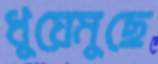
ধুয়েমুছে